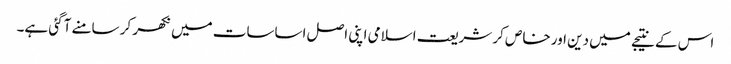
اس کے نتیجے میں دین اور خاص کر شریعت اسلامی اپنی اصل اساسات میں نکھر کر سامنے آگئی ہے۔